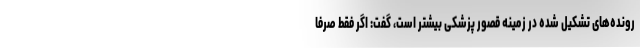
رونده‌های تشکیل شده در زمینه قصور پزشکی بیشتر است، گفت: اگر فقط صرفا